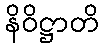
နိဝိဋ္ဌာတိ